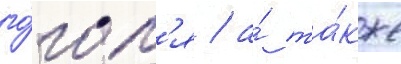
го́гол'я / а́ та́кже